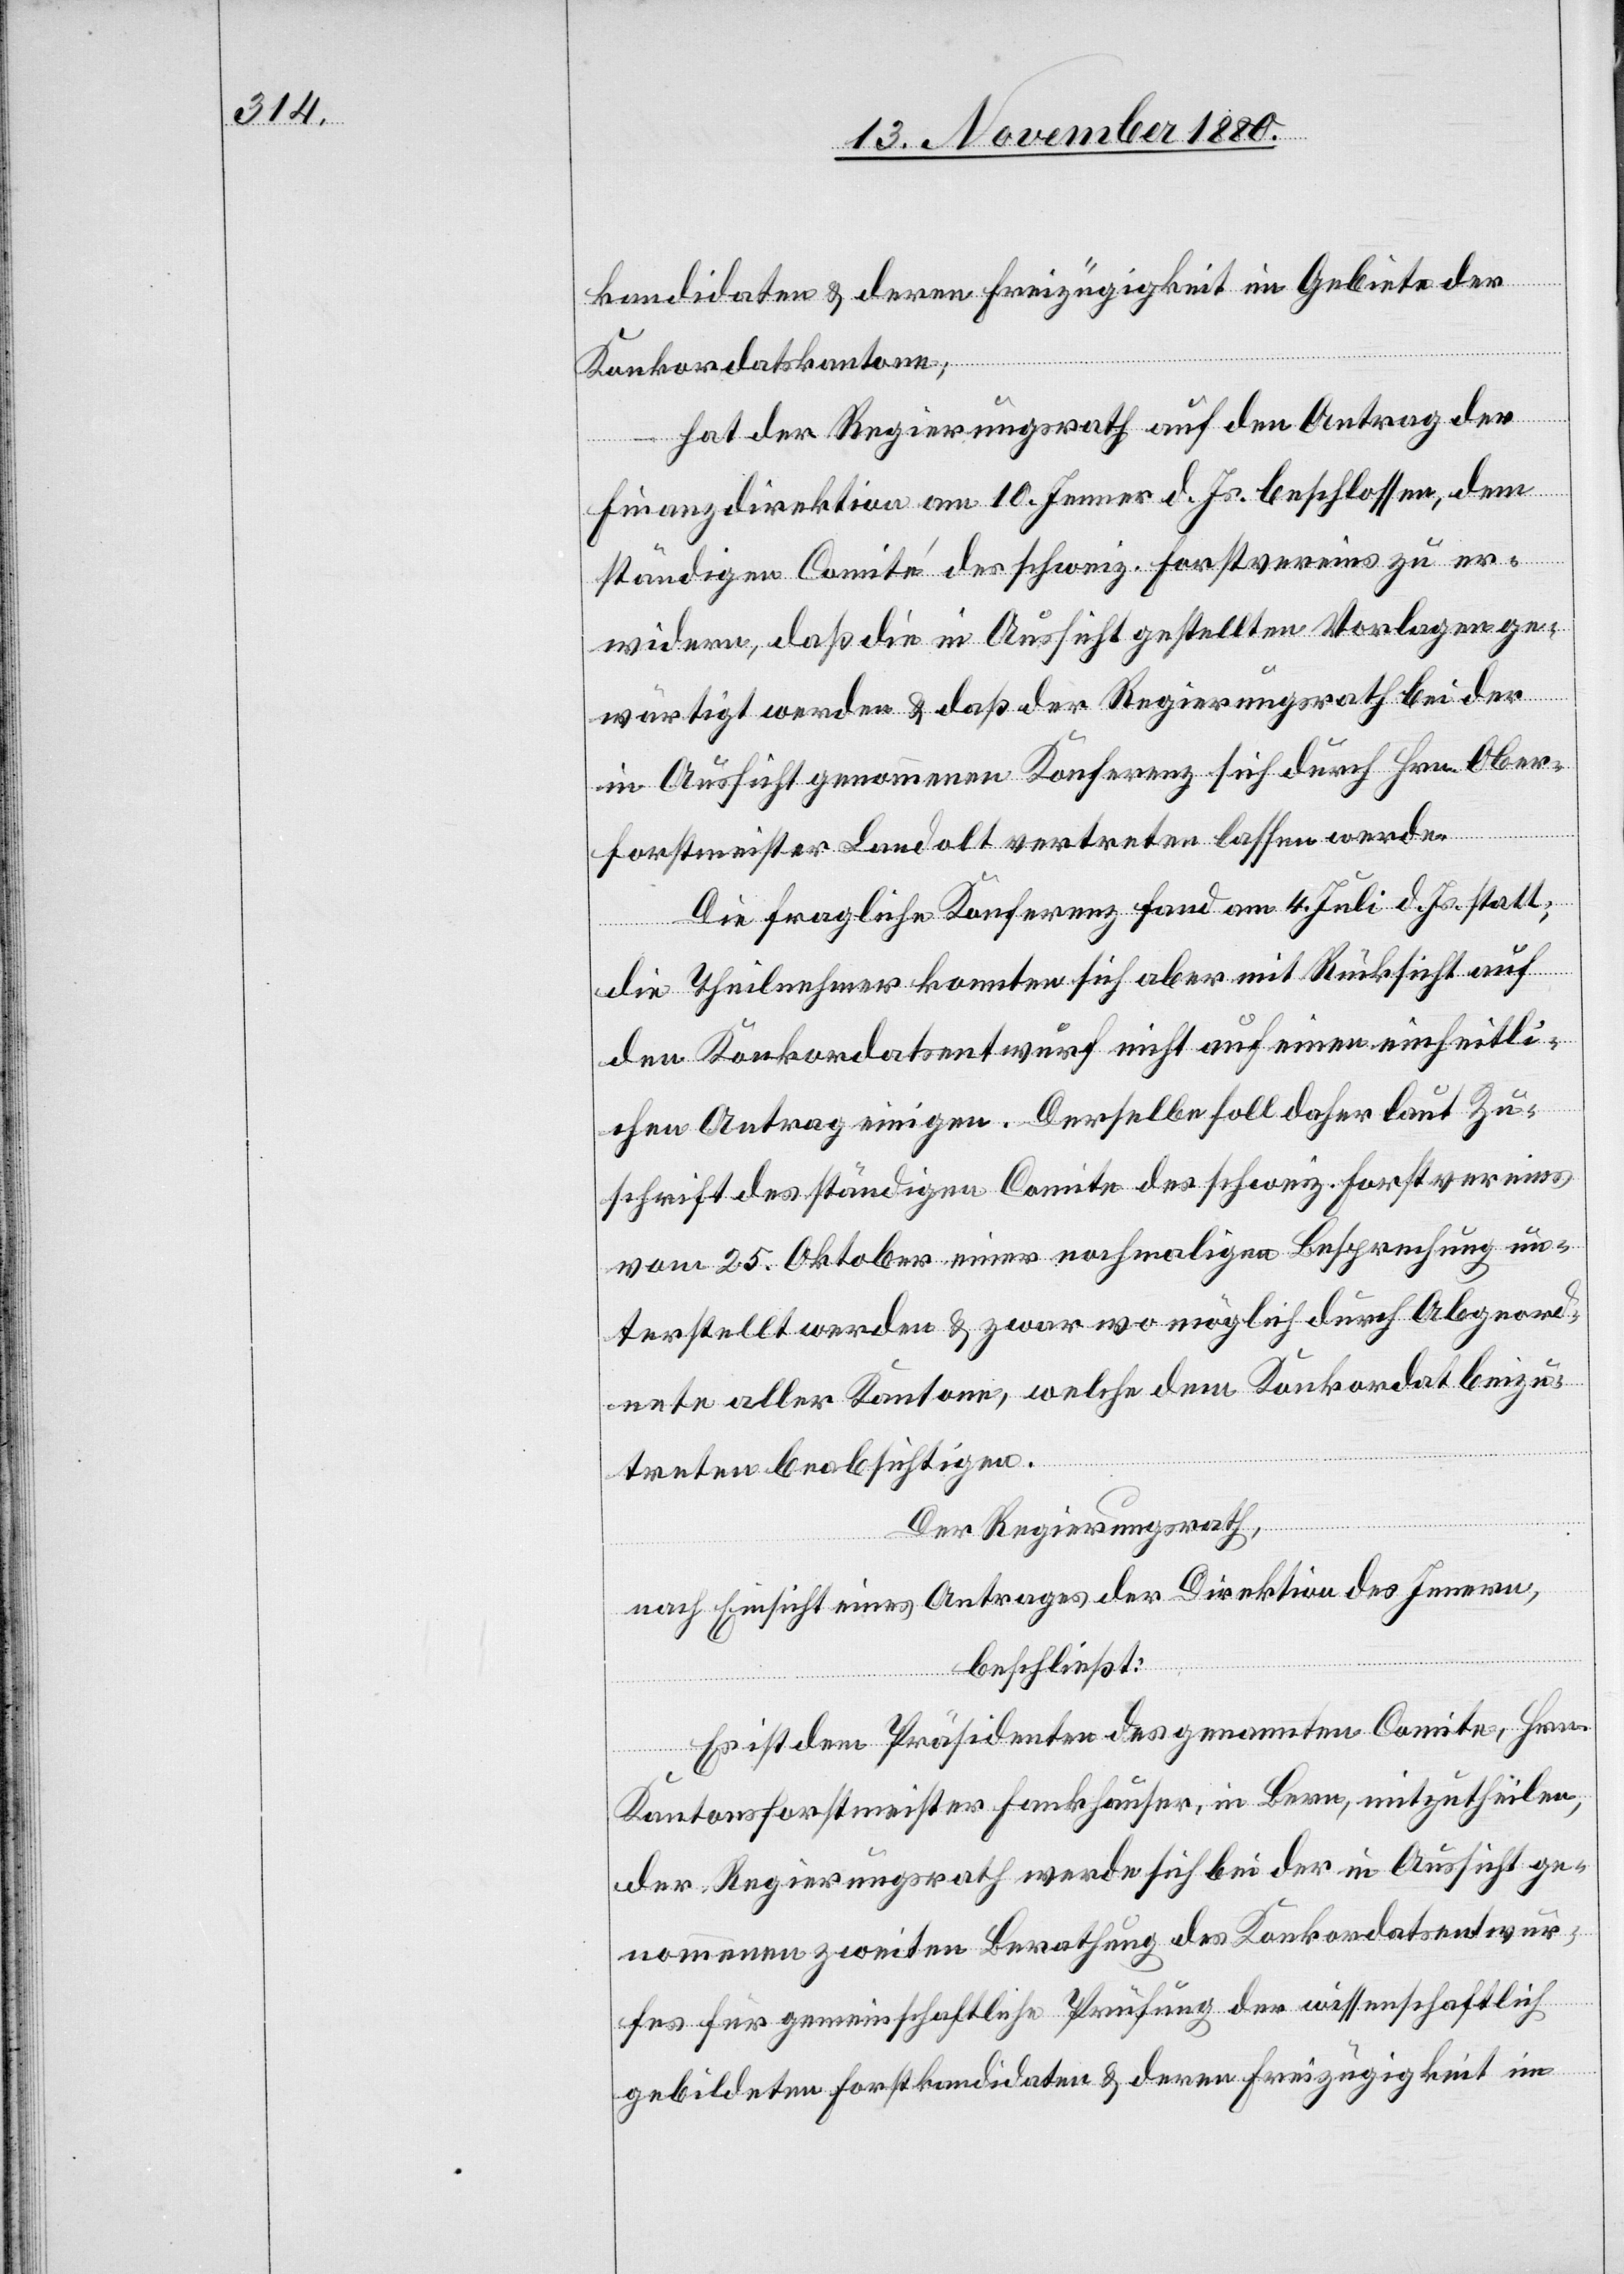
kandidaten & deren Freizügigkeit im Gebiete der
Konkordatskantone;
hat der Regierungsrath auf den Antrag der
Finanzdirektion am 10. Jenner d. Js. beschlossen, dem
ständigen Comite des schweiz. Forstvereins zu er¬
widern, daß die in Aussicht gestellten Vorlagen ge¬
wärtigt werden & daß der Regierungsrath bei der
in Aussicht genommenen Konferenz sich durch Hrn. Ober¬
forstmeister Landolt vertreten lassen werde.
Die fragliche Konferenz fand am 4. Juli d. Js. statt;
die Theilnehmer konnten sich aber mit Rücksicht auf
den Konkordatsentwurf nicht auf einen einheitli¬
chen Antrag einigen. Derselbe soll daher laut Zu¬
schrift des ständigen Comite des schweiz. Forstvereins
vom 25. Oktober einer nochmaligen Besprechung un¬
terstellt werden & zwar wo möglich durch Abgeord¬
nete aller Kantone, welche dem Konkordat beizu¬
treten beabsichtigen.
Der Regierungsrath,
nach Einsicht eines Antrages der Direktion des Innern,
beschließt:
Es ist dem Präsidenten des genannten Comite, Hrn.
Kantonsforstmeister Fankhauser, in Bern, mitzutheilen,
der Regierungsrath werde sich bei der in Aussicht ge¬
nommenen zweiten Berathung des Konkordatsentwur¬
fes für gemeinschaftliche Prüfung der wissenschaftlich
gebildeten Forstkandidaten & deren Freizügigkeit im